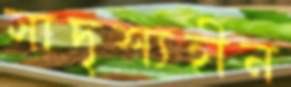
সাদৃশ্যহীন